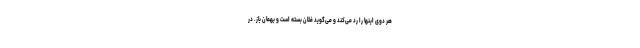
هر دوی اینها را رد می‌کند و می‌گوید فلان بسته است و بهمان باز. در